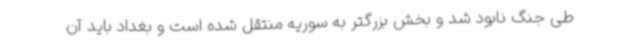
طی جنگ نابود شد و بخش بزرگتر به سوریه منتقل شده است و بغداد باید آن